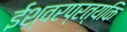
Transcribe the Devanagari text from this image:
ईश्वरप्रत्यकि